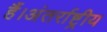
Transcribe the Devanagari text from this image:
हैं।अंतर्राष्ट्रीय